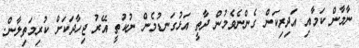
ނާމާން ކަމާއި އަދިރިކަން ގެންނެވެމުން ދާތީ އަޅުގަނޑުމެން ނުކުތީ އޭރު ޖިހާދަކަށް ކުރިމަތިލާން.